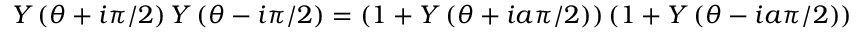
Y \left( \theta + i \pi / 2 \right) Y \left( \theta - i \pi / 2 \right) = \left( 1 + Y \left( \theta + i a \pi / 2 \right) \right) \left( 1 + Y \left( \theta - i a \pi / 2 \right) \right)